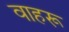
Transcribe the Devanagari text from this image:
वाहरू